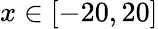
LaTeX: x\in[-20,20]